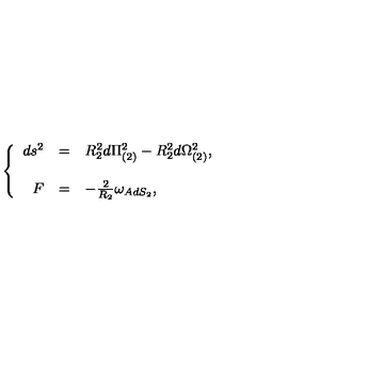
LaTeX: \left\{ \begin{array} { r c l } { d s ^ { 2 } } & { = } & { R _ { 2 } ^ { 2 } d \Pi _ { ( 2 ) } ^ { 2 } - R _ { 2 } ^ { 2 } d \Omega _ { ( 2 ) } ^ { 2 } , } \\ { } & { } & { } \\ { F } & { = } & { - \frac { 2 } { R _ { 2 } } \omega _ { A d S _ { 2 } } , } \\ \end{array} \right.